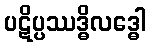
ပဋိပ္ပဿဒ္ဓိလဒ္ဓေါ